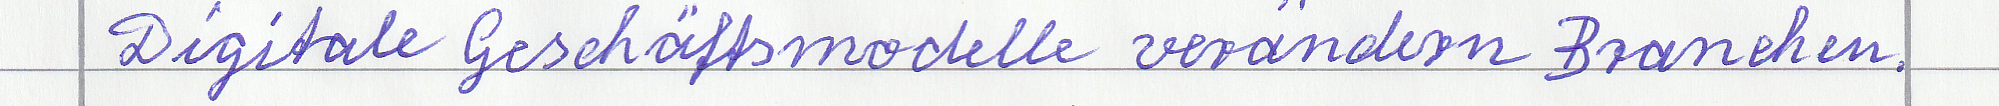
Digitale Geschäftsmodelle verändern Branchen.